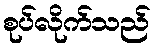
စုပ်လိုက်သည်